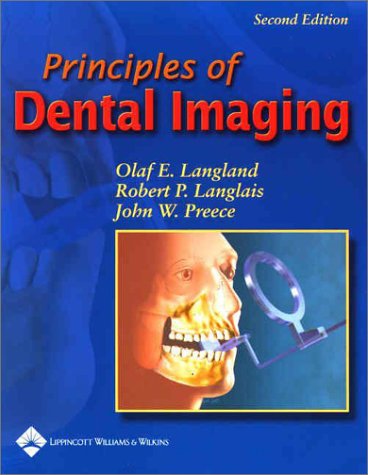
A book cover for Principles of Dental Imaging (PRINCIPLES OF DENTAL IMAGING ( LANGLAND)); Olaf E. Langland DDS  MS  FACD; Medical Books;